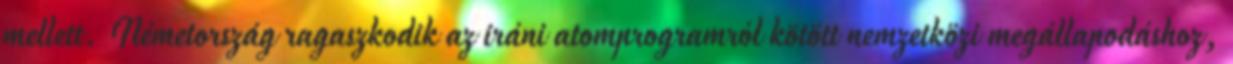
mellett. Németország ragaszkodik az iráni atomprogramról kötött nemzetközi megállapodáshoz,